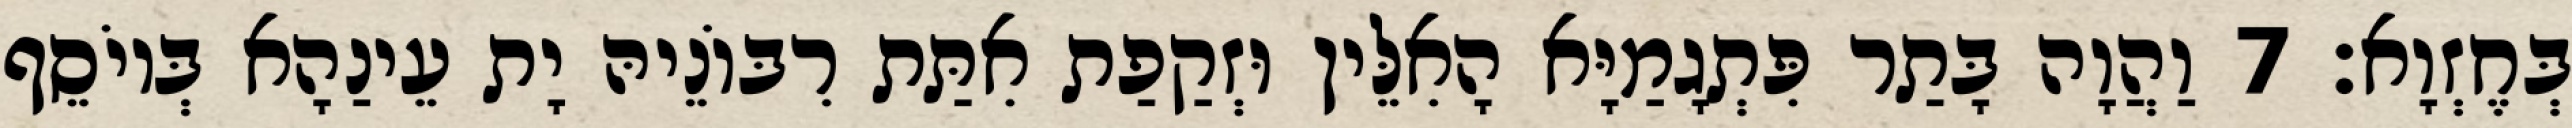
בְּחֶזְוָא׃ 7 וַהֲוָה בָּתַר פִּתְגָמַיָּא הָאִלֵּין וּזְקַפַת אִתַּת רִבּוֹנֵיהּ יָת עֵינַהָא בְּיוֹסֵף